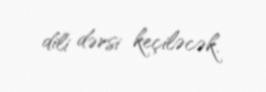
dili dərsi keçiləcək.